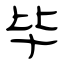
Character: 毕